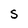
Character: S